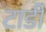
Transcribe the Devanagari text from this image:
टार्डी